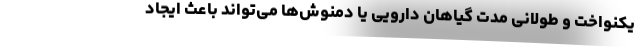
یکنواخت و طولانی مدت گیاهان دارویی یا دمنوش‌ها می‌تواند باعث ایجاد